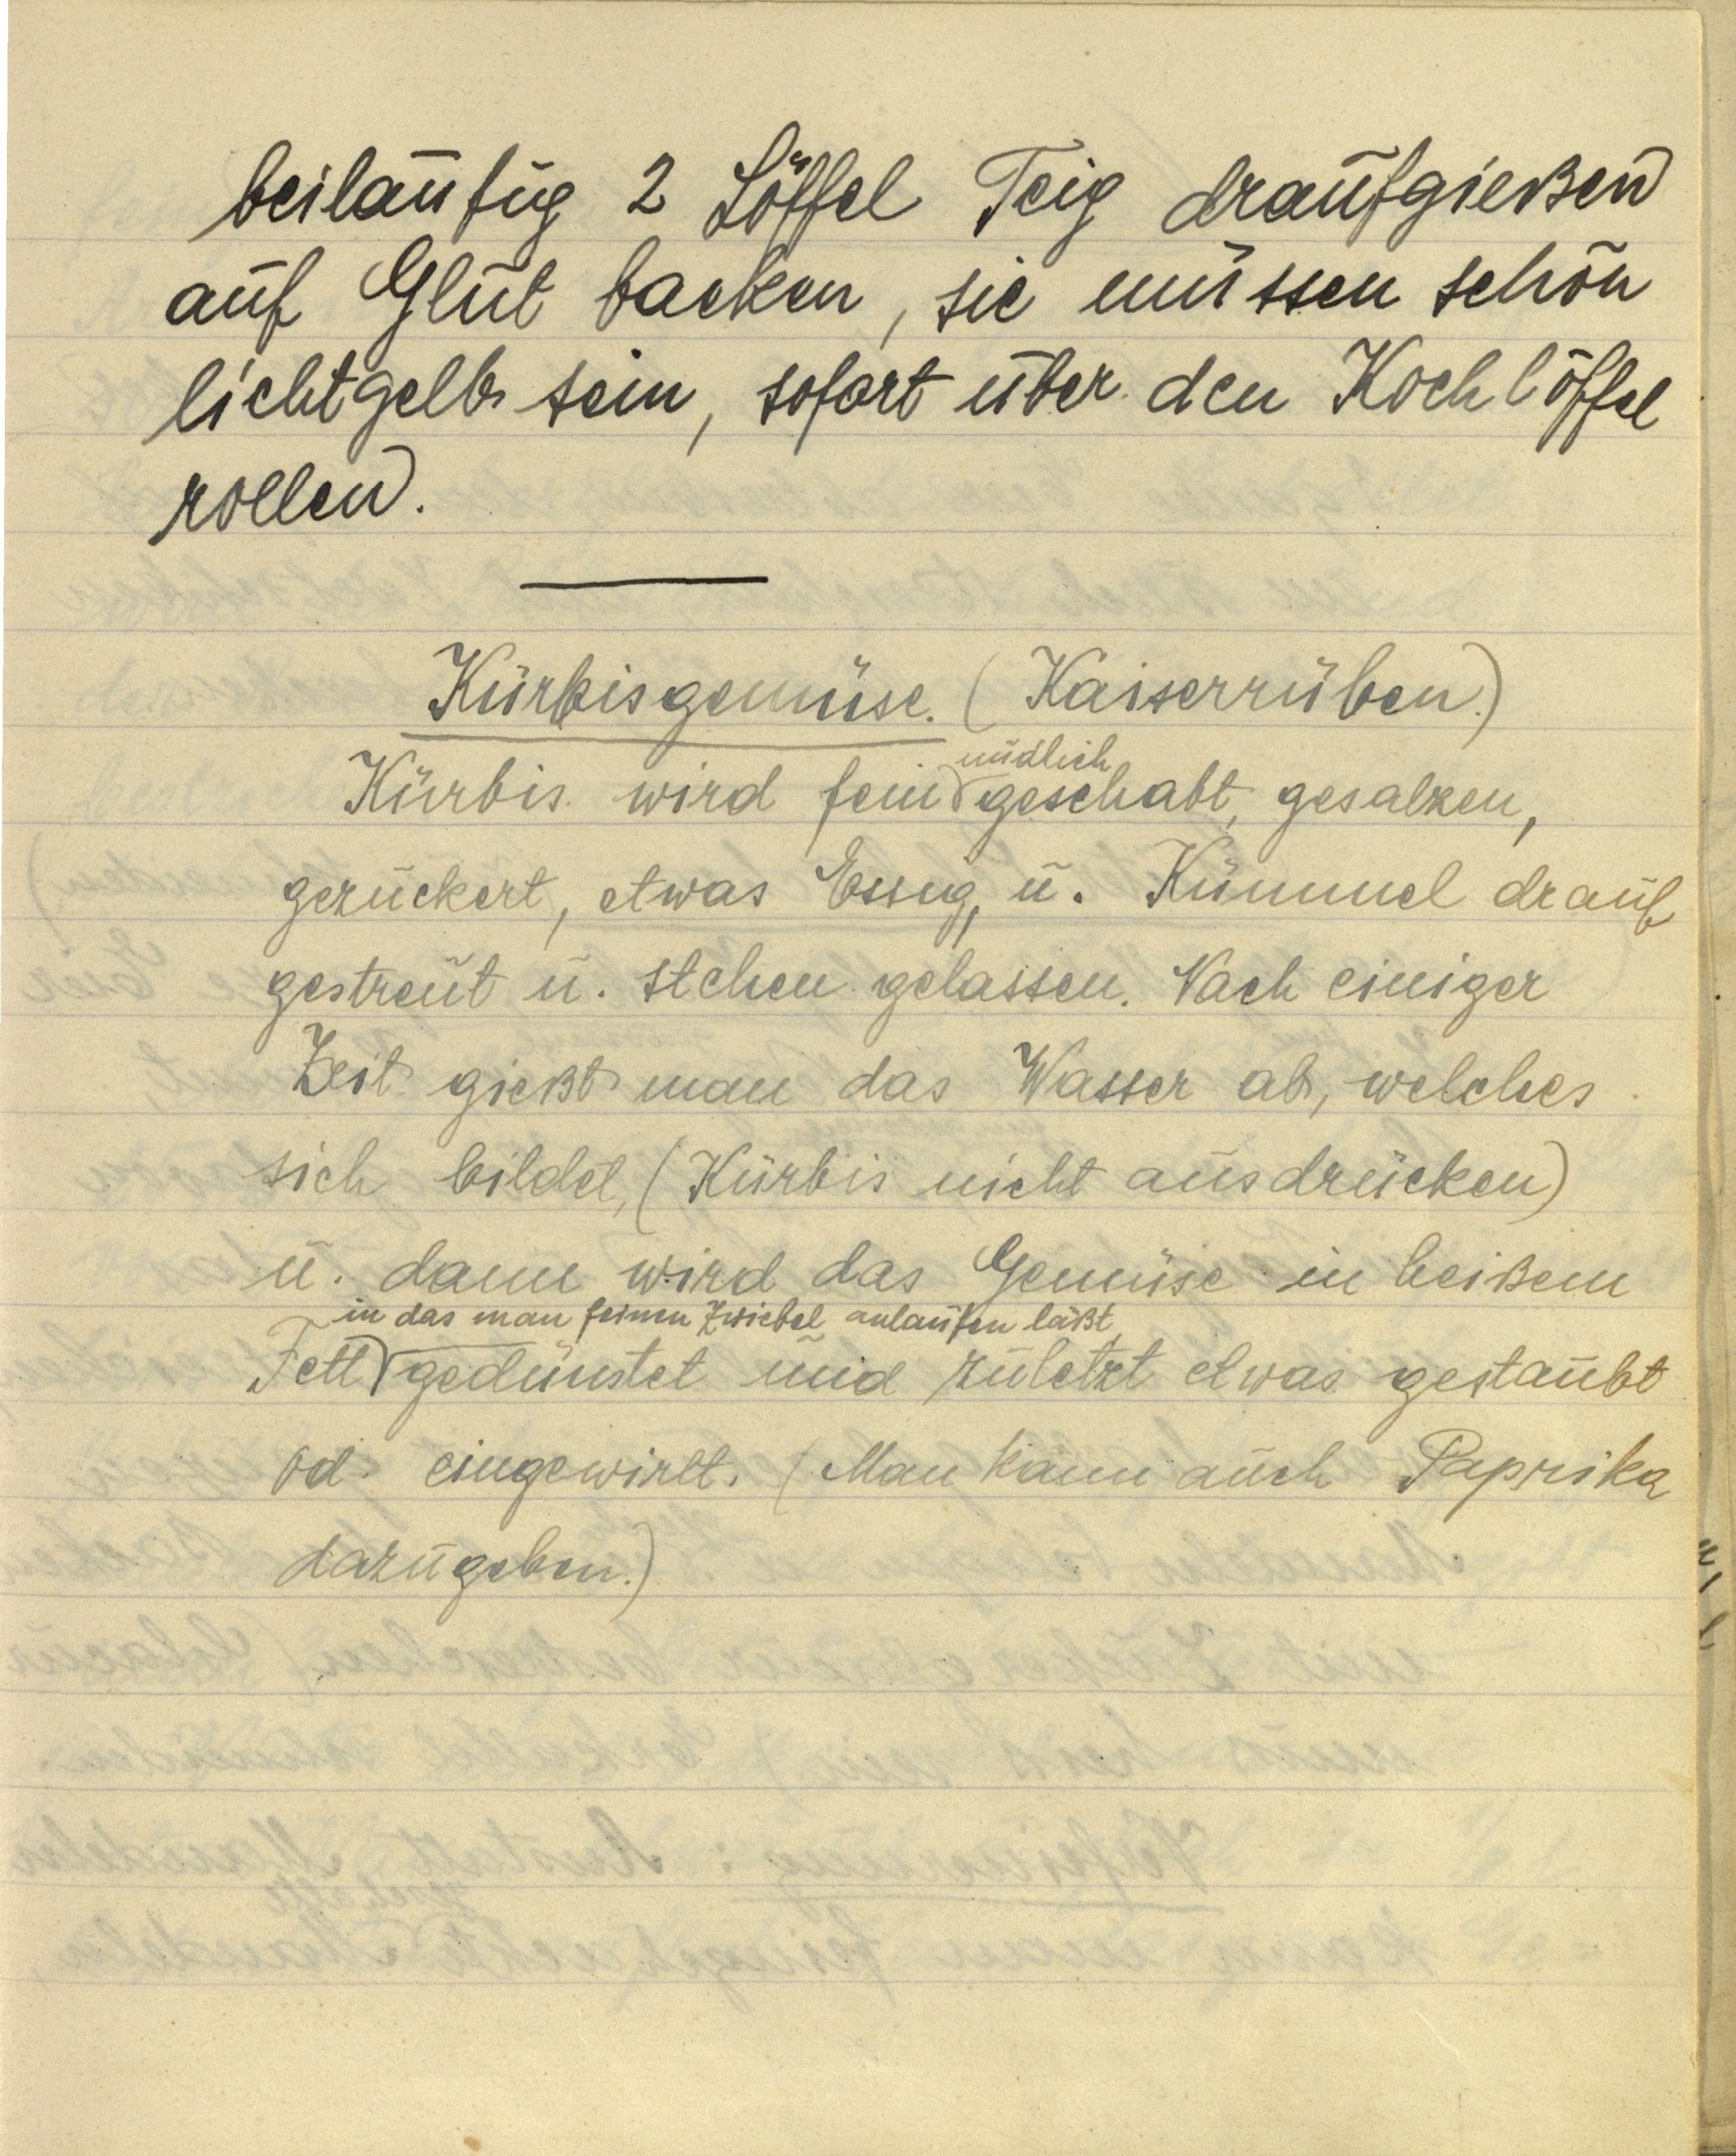
beiläufig 2 Löffel Teig draufgießen
auf Glut backen, sie müssen schön
lichtgelb sein, sofort über den Kochlöffel
rollen.

Kürbisgemüse. (Kaiserrüben.)
Kürbis wird fein nudlich geschabt, gesalzen,
gezuckert, etwas Essig, u. Kümmel drauf
gestreut u. stehen gelassen. Nach einiger
Zeit gießt man das Wasser ab, welches
sich bildet, (Kürbis nicht ausdrücken)
u. dann wird das Gemüse in heißem
Fett in das man feinen Zwiebel anlaufen läßt gedünstet und zuletzt etwas gestaubt
od. eingewirkt. (Man kann auch Paprika
dazugeben.)